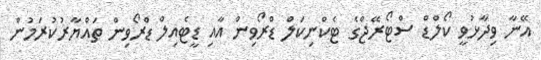
އޭނާ ވިދާޅުވީ ކޯލްޑް ސްޓޯރޭޖްގެ ޓެކްނިކަލް ޑްރޯވިން އާއި ޑީޓެއިލް ޑްރޯވިން ތައްޔާރުކުރަމުން